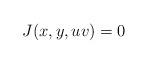
LaTeX: \begin{align*}J(x, y, uv)&=0 \end{align*}